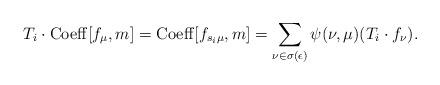
LaTeX: \begin{align*}T_i \cdot {\rm Coeff}[f_{\mu},m]={\rm Coeff}[f_{s_i \mu},m]=\sum_{\nu \in \sigma(\epsilon)}\psi(\nu,\mu)(T_i \cdot f_{\nu}).\end{align*}